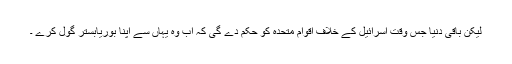
لیکن باقی دنیا جس وقت اسرائیل کے خلاف اقوام متحدہ کو حکم دے گی کہ اب وہ یہاں سے اپنا بوریابستر گول کرے ۔